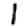
Digit: 1